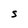
Character: S